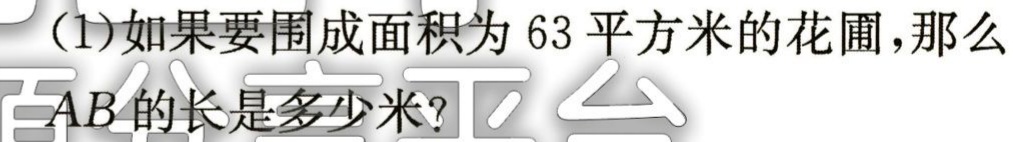
(1)如果要围成面积为63平方米的花圃，那么
$AB$的长是多少米？